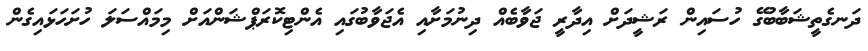
ދަނގެތީޝަބާބުގޭ ހުސައިން ރަޝީދަށް އިދާރީ ޖަވާބެއް ދިނުމަށާއި އެޖަވާބުގައި އެންޓިކޮރަޕްޝަންއަށް މިމައްސަލަ ހުށަހަޅައިގެން